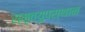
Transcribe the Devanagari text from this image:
स्मृत्युपस्थान